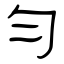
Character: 勻